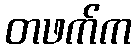
တဖက်က